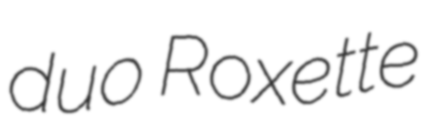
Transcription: duo Roxette